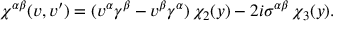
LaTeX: \chi ^ { \alpha \beta } ( v , v ^ { \prime } ) = ( v ^ { \alpha } \gamma ^ { \beta } - v ^ { \beta } \gamma ^ { \alpha } ) \, \chi _ { 2 } ( y ) - 2 i \sigma ^ { \alpha \beta } \, \chi _ { 3 } ( y ) .